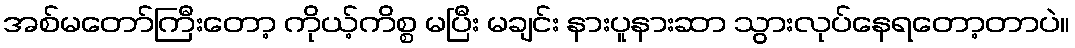
အစ်မတော်ကြီးတော့ ကိုယ့်ကိစ္စ မပြီး မချင်း နားပူနားဆာ သွားလုပ်နေရတော့တာပဲ။